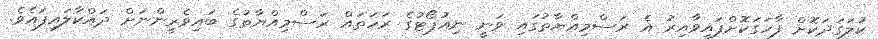
ކުލަގަދަކޮށް ފާހަގަކޮށްފައިވާއިރު އެ ރަސްމިއްޔާތުގައި ވަނީ ނިއުޕޯޓުގެ ރަހަތައް ރަސްމިއްޔާތުގެ ބައިވެރީންނަށް ދައްކާލައިފައެވެ.